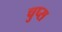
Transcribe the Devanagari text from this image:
चुप्स